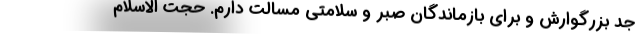
جد بزرگوارش و برای بازماندگان صبر و سلامتی مسالت دارم. حجت الاسلام